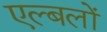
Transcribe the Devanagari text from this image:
एल्बलों